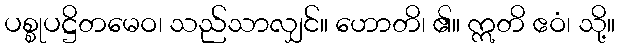
ပစ္စုပဋ္ဌိတမေဝ၊ သည်သာလျှင်။ ဟောတိ၊ ၏။ ဣတိ ဧဝံ၊ သို့။